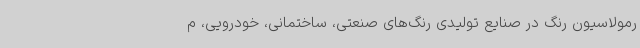
رمولاسیون رنگ در صنایع تولیدی رنگ‌های صنعتی، ساختمانی، خودرویی، م